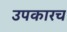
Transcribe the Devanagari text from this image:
उपकारच